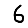
Digit: 6